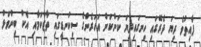
ފާއިތުވެ ދިޔަ ދެރޭގައި ހިނގައިދިޔަ ކަންކަން އަހަރެންގެ ސިކުނޑީގައި ތާޒާކަމާއި އެކު ބިންވަޅު